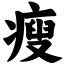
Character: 瘦